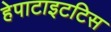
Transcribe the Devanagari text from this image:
हेपाटाइटटिस